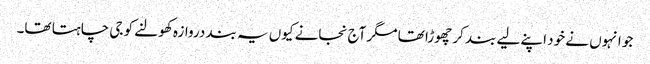
جو انہوں نے خود اپنے لیے بند کر چھوڑا تھا مگر آج نجانے کیوں یہ بند دروازہ کھولنے کو جی چاہتا تھا۔